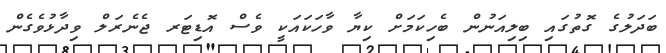
ބަދަލުގެ ގޮތުގައި ބިލިއަނުން ބެހިކަމަށް ކިޔާ ވާހަކައަކީ ވެސް އޮޑިޓަރ ޖެނެރަލް ވިދާޅުވެގެން